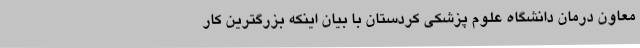
معاون درمان دانشگاه علوم پزشکی کردستان با بیان اینکه بزرگترین کار